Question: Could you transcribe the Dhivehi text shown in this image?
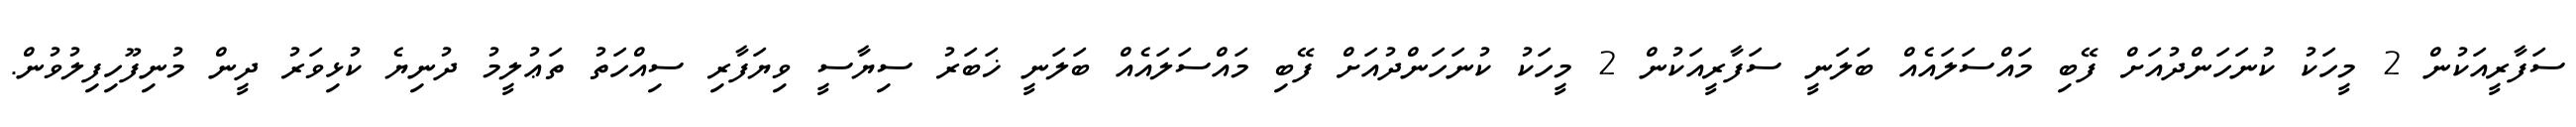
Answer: ސަފާރީއަކުން 2 މީހަކު ކުނަހަންދުއަށް ފޭބި މައްސަލައެއް ބަލަނީ ސަފާރީއަކުން 2 މީހަކު ކުނަހަންދުއަށް ފޭބި މައްސަލައެއް ބަލަނީ ޚަބަރު ސިޔާސީ ވިޔަފާރި ސިއްހަތު ތަޢުލީމު ދުނިޔެ ކުޅިވަރު ދީން މުނިފޫހިފިލުވުން.